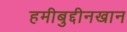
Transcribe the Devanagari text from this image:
हमीबुद्दीनखान